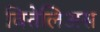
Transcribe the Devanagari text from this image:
वितेलिअस